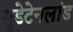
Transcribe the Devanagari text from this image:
सुडेटेनलांड